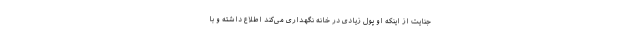
جنایت از اینکه او پول زیادی در خانه نگهداری می‌کند اطلاع داشته و با